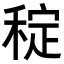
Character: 𥟐